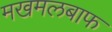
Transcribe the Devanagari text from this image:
मखमलबाफ